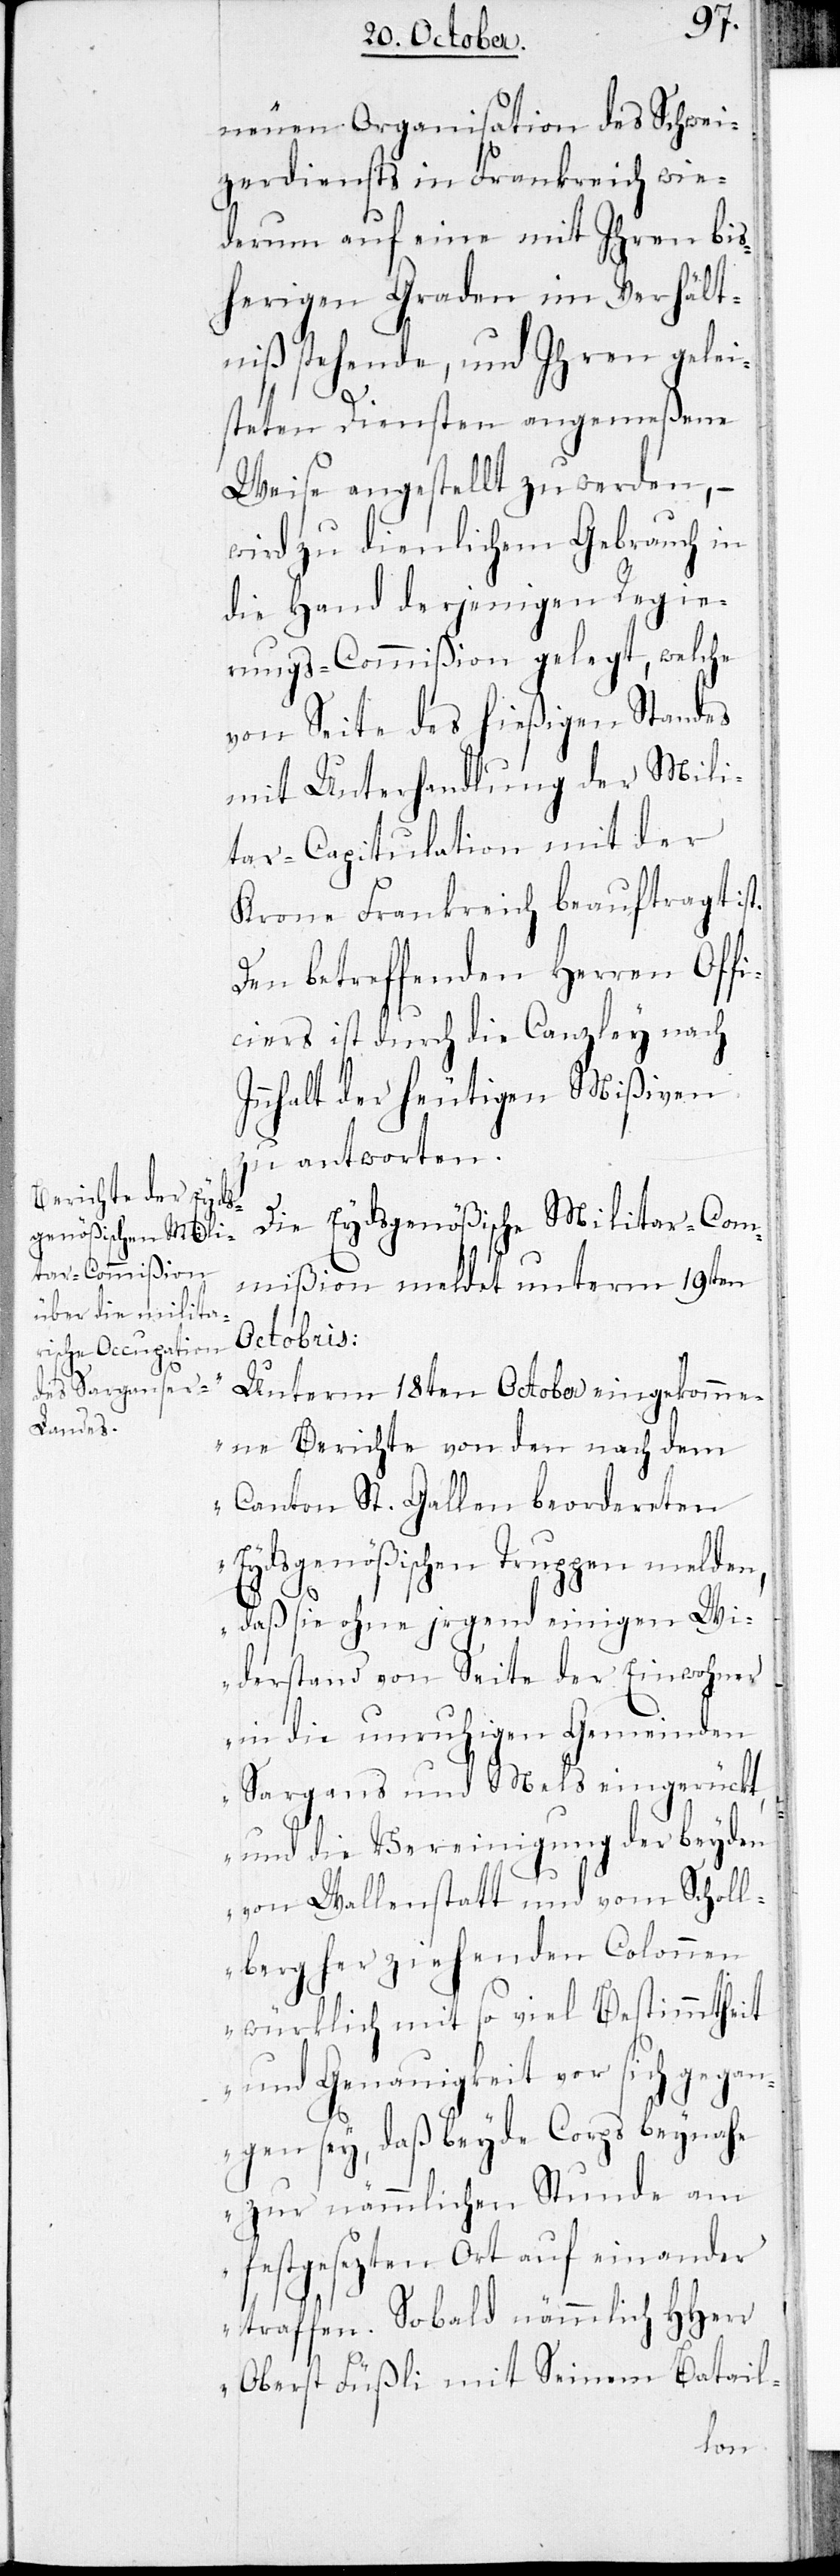
neuen Organisation des Schwei¬
zerdiensts in Frankreich wie¬
derum auf eine mit Ihren bis¬
herigen Graden im Verhält¬
niß stehende, und Ihren gelei¬
steten Diensten angemeßene
Weise angestellt zu werden, –
wird zu dienlichem Gebrauch in
die Hand derjenigen Regie¬
rungs-Commißion gelegt, welche
von Seite des hießigen Standes
mit Unterhandlung der Mili¬
tar-Capitulation mit der
Krone Frankreich beauftragt ist.
Den betreffenden Herren Offi¬
ciers ist durch die Canzley nach
nnhalt der heutigen Mißiven
zu antworten.
I¬
Die Eydsgenößische Militar-Com¬
mißion meldet unterm 19ten
Octobris:
„Unterm 18ten October eingekomme¬
ne Berichte von den nach dem
Canton St. Gallen beordereten
Eydsgenößischen Truppen melden,
daß sie ohne irgend einigen Wi¬
derstand von Seite der Einwohner
in die unruhigen Gemeinden
Sargans und Mels eingerückt,
und die Vereinigung der beyden
von Wallenstatt und vom Scholl¬
berg her ziehenden Colonnen
würklich mit so viel Bestimmtheit
und Genauigkeit vor sich gegan¬
gen sey, daß beyde Corps beynahe
zur nämlichen Stunde am
festgesezten Ort auf einander
traffen. Sobald nämlich HHerr
Oberst Füßli mit Seinem Batail-